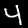
Label: 4